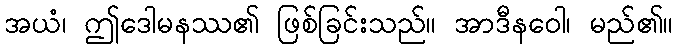
အယံ၊ ဤဒေါမနဿ၏ ဖြစ်ခြင်းသည်။ အာဒီနဝေါ၊ မည်၏။